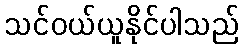
သင်ဝယ်ယူနိုင်ပါသည်